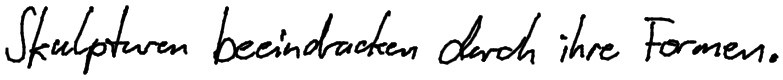
Skulpturen beeindrucken durch ihre Formen.